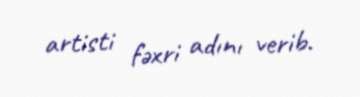
artisti fəxri adını verib.